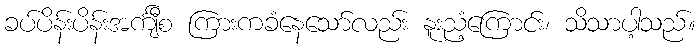
ခပ်ပိန်းပိန်းအင်္ကျီစ ကြားကခံနေသော်လည်း နူးညံ့ကြောင်း၊ သိသာပါ့သည်။